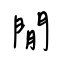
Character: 閒